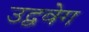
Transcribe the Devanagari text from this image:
उद्ववेग